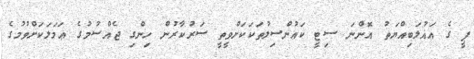
ޕީ ގެ އަޣުލަބިއްޔަތު އޮންނަ ސިޓީ ކައުންސިލުތަކަކަށްވީތީ ސަރުކާރުން ހިންގި ޖެއްސުމުގެ ޢަމަލަކަށްވުމުގެ